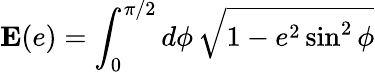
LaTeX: \mathbf{E}(e)=\int_{0}^{\pi/2}d\phi\, \sqrt{1-e^{2}\sin^{2}\phi}